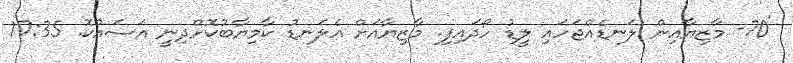
'70- މާޒިޔާއިން ލަނޑެއްޖަހައި ލީޑު ހޯދައިފި. މާޒިޔާއަށް އެލަނޑު ކާމިޔާބުކޮށްދިނީ އަސައްކޮ. 17:35